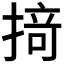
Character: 𢰤